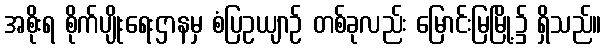
အစိုးရ စိုက်ပျိုးရေးဌာနမှ စံပြဥယျာဉ် တစ်ခုလည်း မြောင်းမြမြို့၌ ရှိသည်။